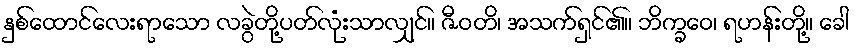
နှစ်ထောင်လေးရာသော လခွဲတို့ပတ်လုံးသာလျှင်။ ဇီဝတိ၊ အသက်ရှင်၏။ ဘိက္ခဝေ၊ ရဟန်းတို့။ ခေါ